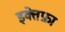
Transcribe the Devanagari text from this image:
इक्तेफ़ा